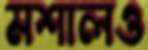
মশালও